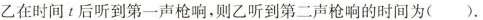
乙在时间t后听到第一声枪响，则乙听到第二声枪响的时间为( )。